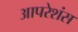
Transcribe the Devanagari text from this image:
आपरेशंस